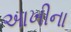
આખીના